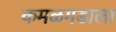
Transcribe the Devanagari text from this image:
कमळगडाला